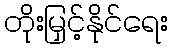
တိုးမြှင့်နိုင်ရေး